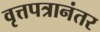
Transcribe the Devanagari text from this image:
वृत्तपत्रानंतर